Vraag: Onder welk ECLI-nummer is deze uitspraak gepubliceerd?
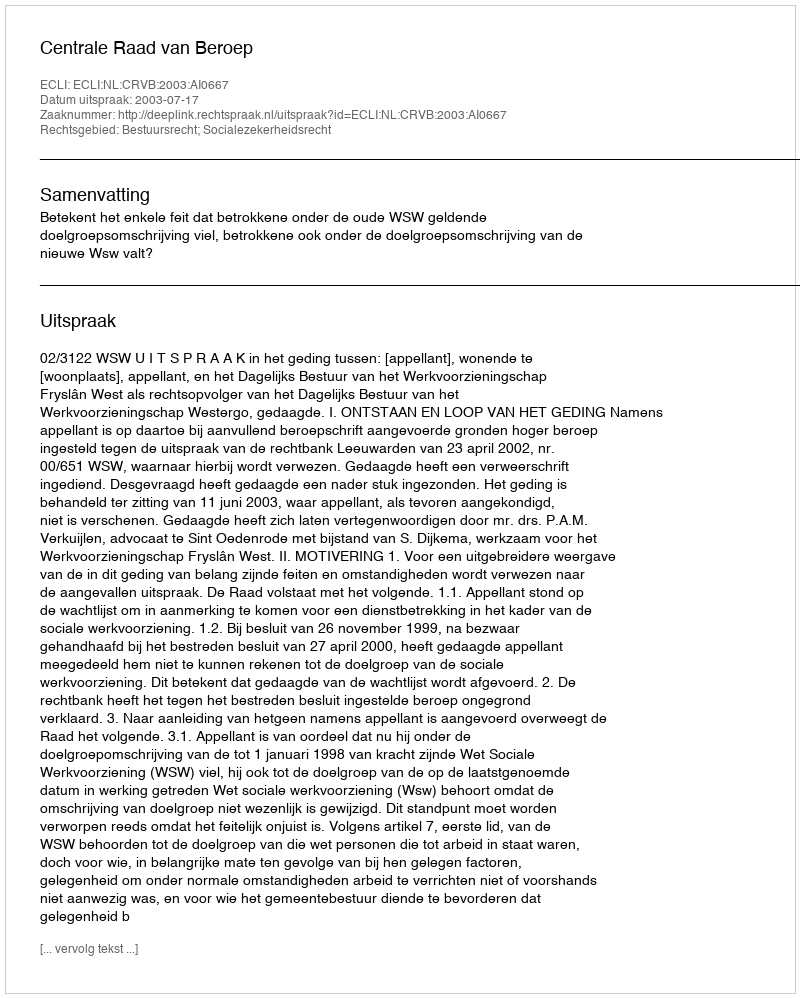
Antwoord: ECLI:NL:CRVB:2003:AI0667